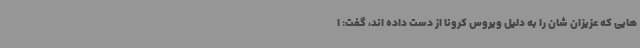
هایی که عزیزان شان را به دلیل ویروس کرونا از دست داده اند، گفت: ا